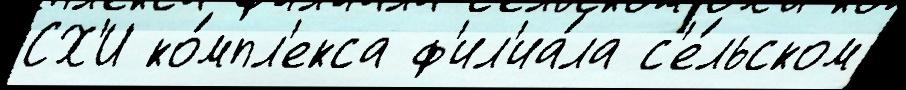
СХ'И ко́мпл'екса ф'ил'иа́ла с'е́льском